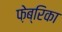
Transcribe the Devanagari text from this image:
फ़ेब्रिका